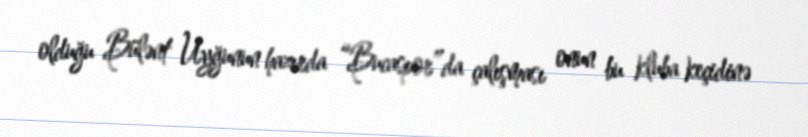
olduğu Bülənt Uyğunun hazırda “Bucaspor”da çalışması onun bu kluba keçidinə